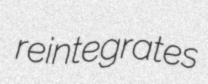
reintegrates